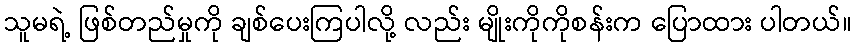
သူမရဲ့ ဖြစ်တည်မှုကို ချစ်ပေးကြပါလို့ လည်း မျိုးကိုကိုစန်းက ပြောထား ပါတယ်။